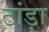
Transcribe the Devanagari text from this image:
टांड़ा